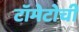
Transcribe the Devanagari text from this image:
टॉमेटोची